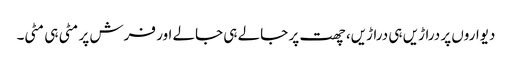
دیواروں پر دراڑیں ہی دراڑیں، چھت پر جالے ہی جالے اور فرش پر مٹی ہی مٹی۔